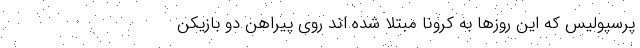
پرسپولیس که این روزها به کرونا مبتلا شده اند روی پیراهن دو بازیکن